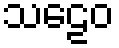
သဠေဝ